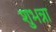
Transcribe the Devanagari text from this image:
शुभन्ना